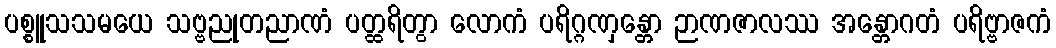
ပစ္စူသသမယေ သဗ္ဗညုတညာဏံ ပတ္ထရိတွာ လောကံ ပရိဂ္ဂဏှန္တော ဉာဏဇာလဿ အန္တောဂတံ ပရိဗ္ဗာဇကံ